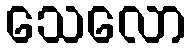
သေလော